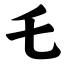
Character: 乇